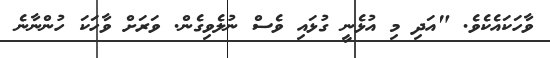
ވާހަކައެކެވެ. "އަދި މި އުޅެނީ ގުޅައި ވެސް ނުލެވިގެން. ވަރަށް ވާހަކަ ހުންނާނެ